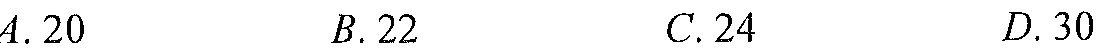
\(A.20\qquad B.22\qquad C.24\qquad D.30\)